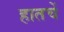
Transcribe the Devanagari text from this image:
हातचें